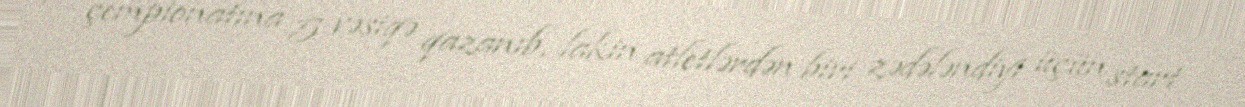
çempionatına 5 vəsiqə qazanıb, lakin atletlərdən biri zədələndiyi üçün start